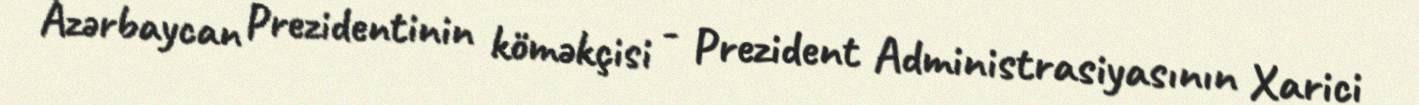
Azərbaycan Prezidentinin köməkçisi - Prezident Administrasiyasının Xarici